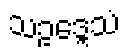
သဥဒ္ဒေသံ